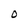
Character: O